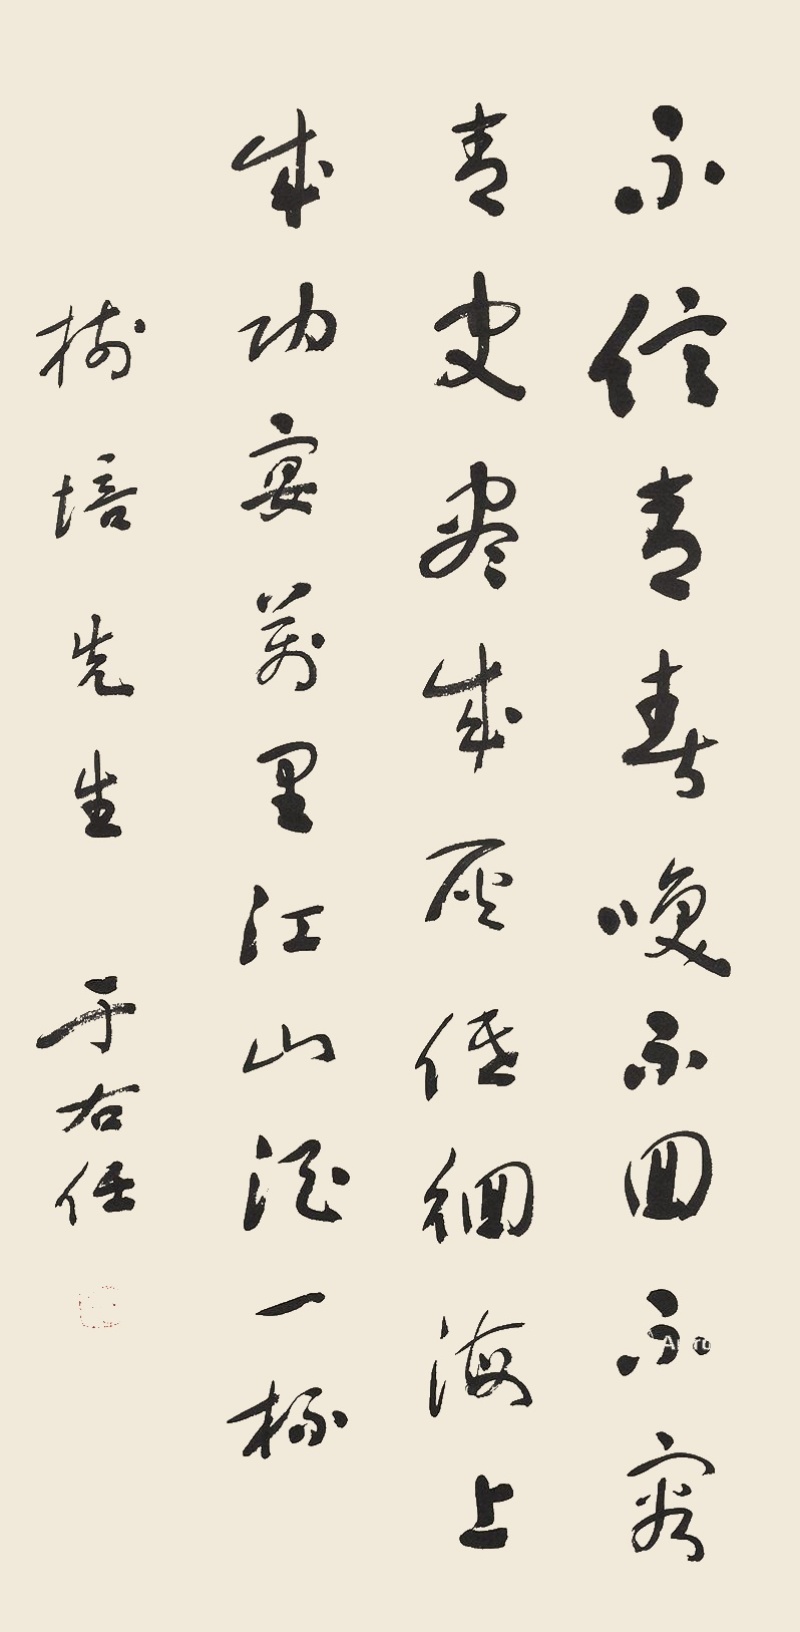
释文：不信青春唤不回，不容青史尽成灰。低回海上成功宴，万里江山酒一杯。树培先生，于右任。